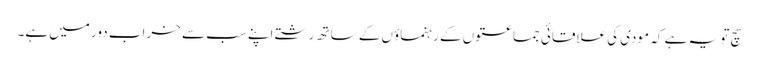
سچ تو یہ ہے کہ مودی کی علاقائی جماعتوں کے رہنماؤں کے ساتھ رشتے اپنے سب سے خراب دور میں ہے۔